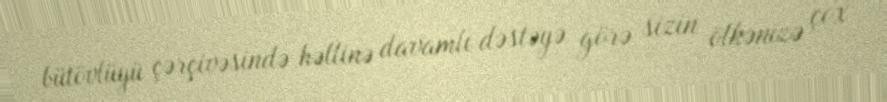
bütövlüyü çərçivəsində həllinə davamlı dəstəyə görə sizin ölkənizə çox